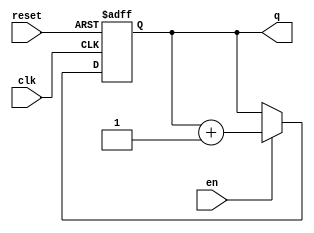
module counter_8b(
    input clk, reset,
    input en,
    output reg [7:0] q
    );
    
    always @(posedge clk, posedge reset)
        if (reset)
            q <= 0;
        else if (en)
            q <= q + 1;
    
endmodule